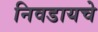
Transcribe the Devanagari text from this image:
निवडायचे